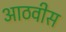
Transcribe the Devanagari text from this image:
आठवीस